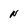
Character: N